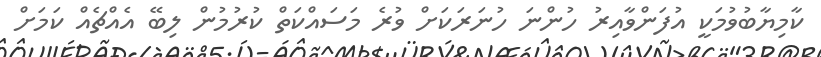
ކާމިޔާބުވުމަކީ އުފަންވާއިރު ހުންނަ ހުނަރަކަށް ވުރެ މަސައްކަތް ކުރުމުން ލިބޭ އެއްޗެއް ކަމަށް